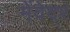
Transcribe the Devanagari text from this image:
मेंवेदर